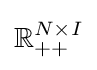
\mathbb {R} _{++}^{N\times I}